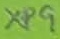
Text: XP9